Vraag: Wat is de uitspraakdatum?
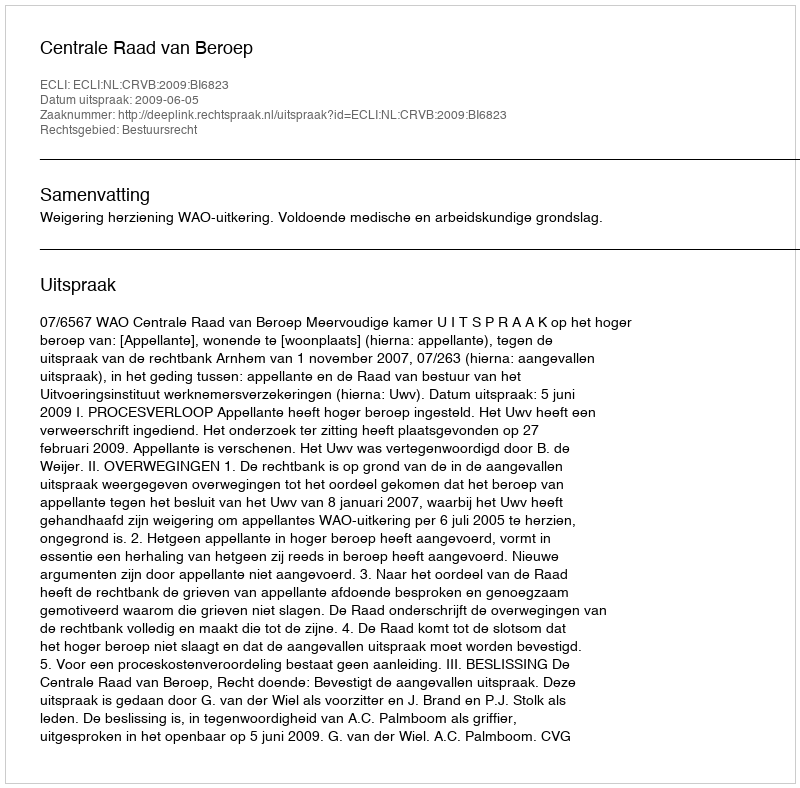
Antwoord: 2009-06-05